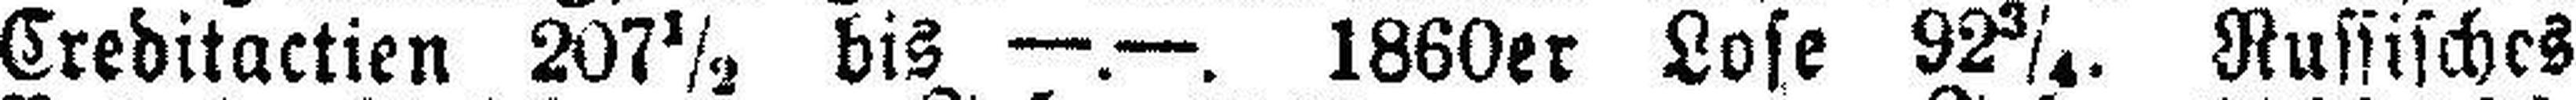
Creditactien 207½ bis —.—. 1860er Lose 92¾. Russisches